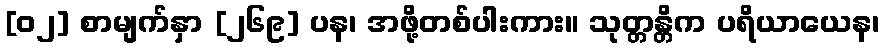
[၀၂] စာမျက်နှာ [၂၆၉] ပန၊ အဖို့တစ်ပါးကား။ သုတ္တန္တိက ပရိယာယေန၊